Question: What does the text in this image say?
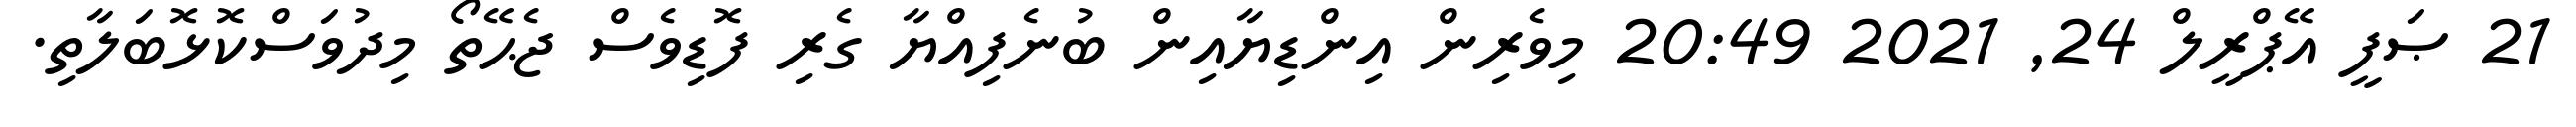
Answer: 21 ޞަފީ އޭޕްރީލް 24, 2021 20:49 މިވެރިން އިންޑިޔާއިން ބުނެފިއްޔާ ގެރި ފޮޑިވެސް ޖެޙޭތޯ މިދުވަސްކޮޅޮބަލާތި.